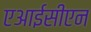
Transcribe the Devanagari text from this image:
एआईसीएन